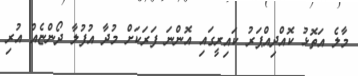
މާލެ އަތޮޅު ކޮއްދިއްޕަރު ކައިރީގައި އޮންނަ ފަރަކަށް މުދާ އުފުލާ ދޯންޏެއް އުރި